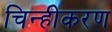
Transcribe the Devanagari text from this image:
चिन्हीकरण